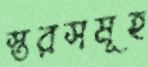
স্তরসমূহ